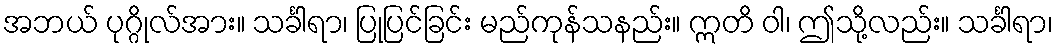
အဘယ် ပုဂ္ဂိုလ်အား။ သင်္ခါရာ၊ ပြုပြင်ခြင်း မည်ကုန်သနည်း။ ဣတိ ဝါ၊ ဤသို့လည်း။ သင်္ခါရာ၊